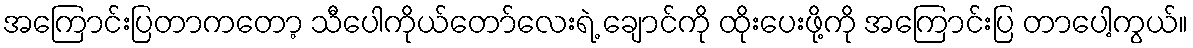
အကြောင်းပြတာကတော့ သီပေါကိုယ်တော်လေးရဲ့ ချောင်ကို ထိုးပေးဖို့ကို အကြောင်းပြ တာပေါ့ကွယ်။